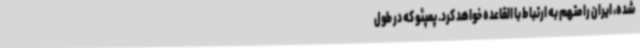
شده‌، ایران را متهم به ارتباط با القاعده خواهد کرد. پمپئو که در طول